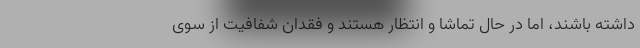
داشته باشند، ‌اما در حال تماشا و انتظار هستند و فقدان شفافیت از سوی